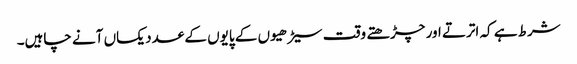
شرط ہے کہ اترتے اور چڑھتے وقت سیڑھیوں کے پایوں کے عدد یکساں آنے چاہیں۔